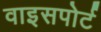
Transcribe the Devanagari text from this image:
वाइसपोर्ट